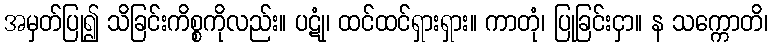
အမှတ်ပြု၍ သိခြင်းကိစ္စကိုလည်း။ ပဋုံ၊ ထင်ထင်ရှားရှား။ ကာတုံ၊ ပြုခြင်းငှာ။ န သက္ကောတိ၊